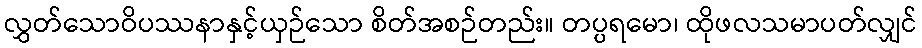
လွှတ်သောဝိပဿနာနှင့်ယှဉ်သော စိတ်အစဉ်တည်း။ တပ္ပရမော၊ ထိုဖလသမာပတ်လျှင်